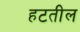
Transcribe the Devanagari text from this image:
हटतील